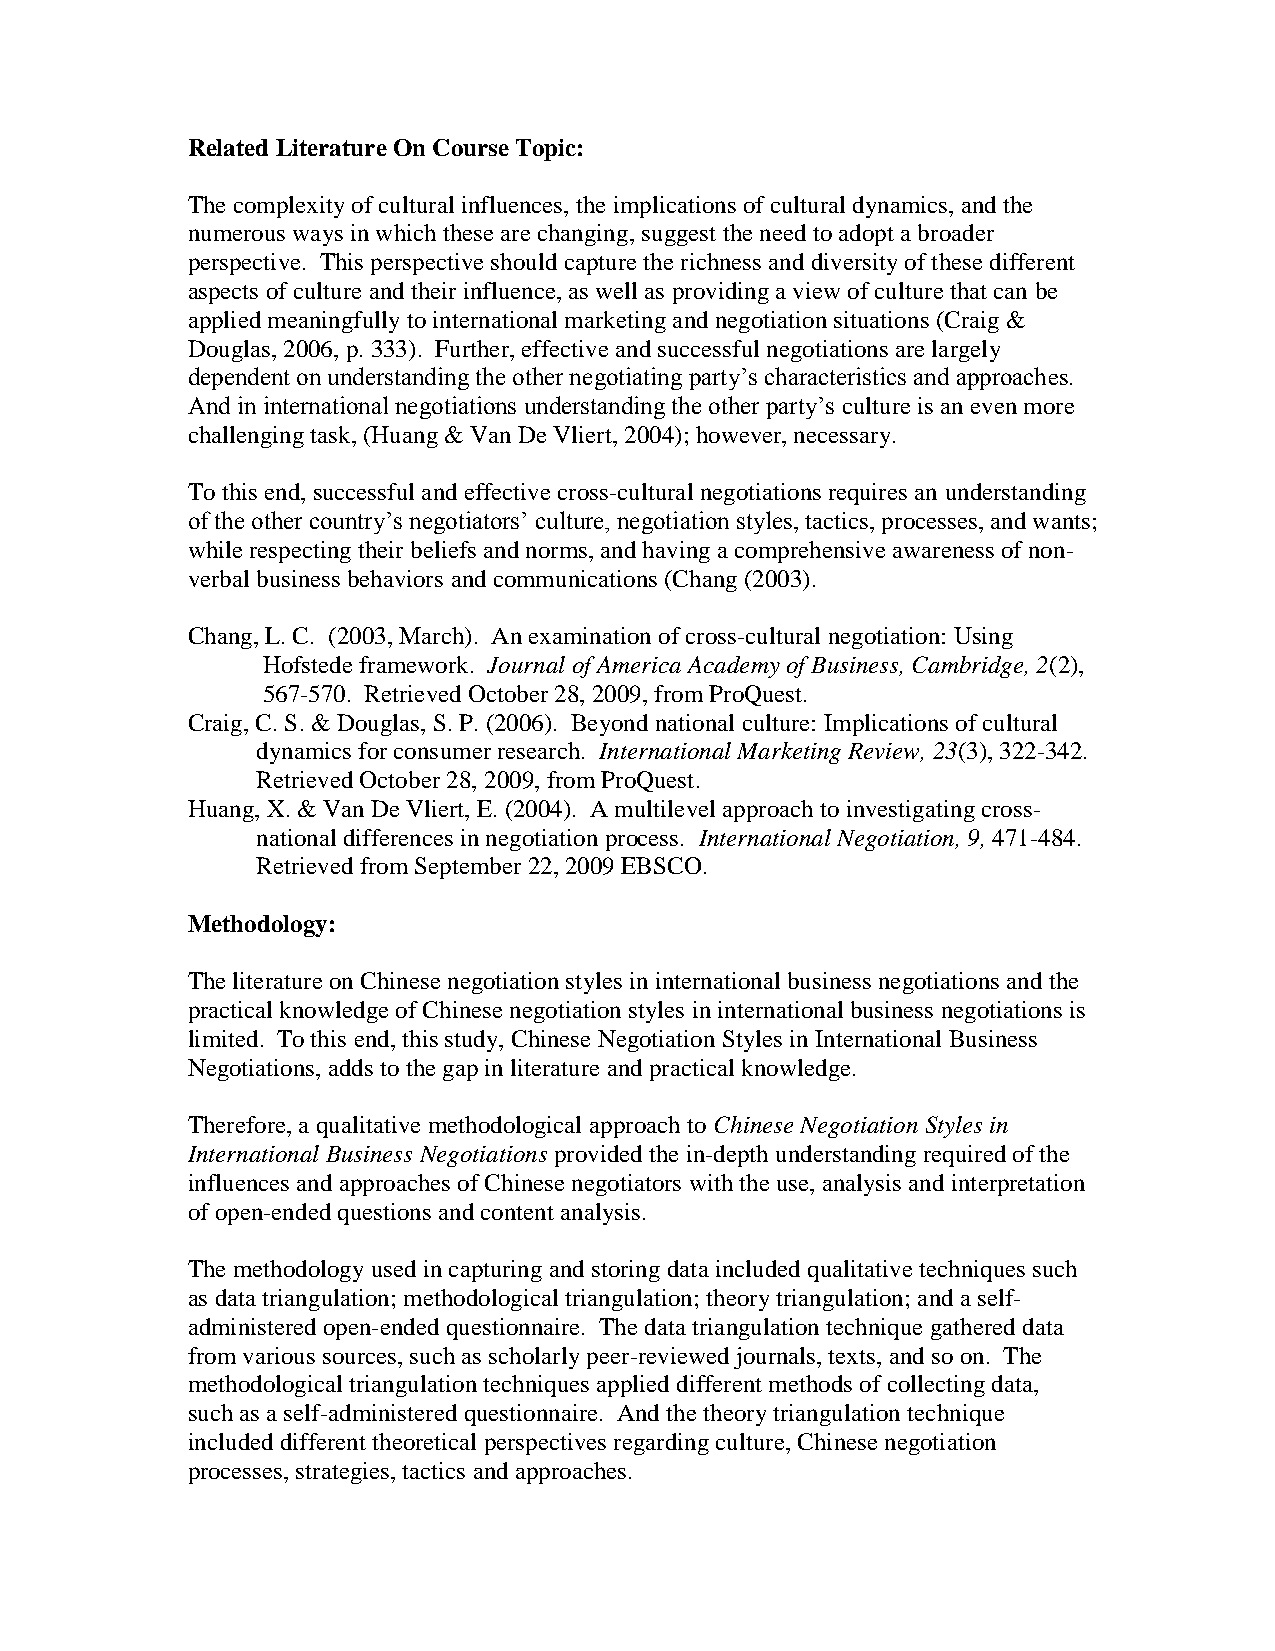
Related Literature On Course Topic:
 The complexity of cultural influences, the implications of cultural dynamics, and the
 numerous ways in which these are changing, suggest the need to adopt a broader
 perspective. This perspective should capture the richness and diversity of these different
 aspects of culture and their influence, as well as providing a view of culture that can be
 applied meaningfully to international marketing and negotiation situations (Craig &
 Douglas, 2006, p. 333). Further, effective and successful negotiations are largely
 dependent on understanding the other negotiating party’s characteristics and approaches.
 And in international negotiations understanding the other party’s culture is an even more
 challenging task, (Huang & Van De Vliert, 2004); however, necessary.
 To this end, successful and effective cross-cultural negotiations requires an understanding
 of the other country’s negotiators’ culture, negotiation styles, tactics, processes, and wants;
 while respecting their beliefs and norms, and having a comprehensive awareness of non-
 verbal business behaviors and communications (Chang (2003).
 Chang, L. C. (2003, March). An examination of cross-cultural negotiation: Using
 Hofstede framework. Journal of America Academy of Business, Cambridge, 2(2),
 567-570. Retrieved October 28, 2009, from ProQuest.
 Craig, C. S. & Douglas, S. P. (2006). Beyond national culture: Implications of cultural
 dynamics for consumer research. International Marketing Review, 23(3), 322-342.
 Retrieved October 28, 2009, from ProQuest.
 Huang, X. & Van De Vliert, E. (2004). A multilevel approach to investigating cross-
 national differences in negotiation process. International Negotiation, 9, 471-484.
 Retrieved from September 22, 2009 EBSCO.
 Methodology:
 The literature on Chinese negotiation styles in international business negotiations and the
 practical knowledge of Chinese negotiation styles in international business negotiations is
 limited. To this end, this study, Chinese Negotiation Styles in International Business
 Negotiations, adds to the gap in literature and practical knowledge.
 Therefore, a qualitative methodological approach to Chinese Negotiation Styles in
 International Business Negotiations provided the in-depth understanding required of the
 influences and approaches of Chinese negotiators with the use, analysis and interpretation
 of open-ended questions and content analysis.
 The methodology used in capturing and storing data included qualitative techniques such
 as data triangulation; methodological triangulation; theory triangulation; and a self-
 administered open-ended questionnaire. The data triangulation technique gathered data
 from various sources, such as scholarly peer-reviewed journals, texts, and so on. The
 methodological triangulation techniques applied different methods of collecting data,
 such as a self-administered questionnaire. And the theory triangulation technique
 included different theoretical perspectives regarding culture, Chinese negotiation
 processes, strategies, tactics and approaches.